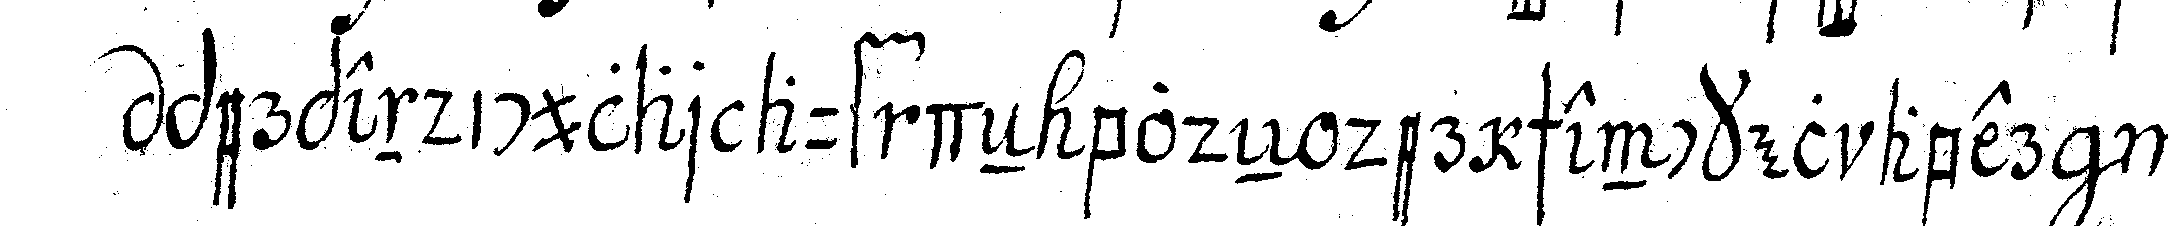
perpendicular auf deN bodeN der schenckel abe